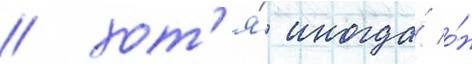
/ хот'я́ иногда́ о́н